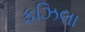
ફઝિલા